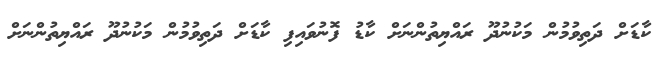
ކާޑަށް ދަތިވުމުން މަކުނުދޫ ރައްޔިތުންނަށް ކާޑު ފޮނުވައިފި ކާޑަށް ދަތިވުމުން މަކުނުދޫ ރައްޔިތުންނަށް